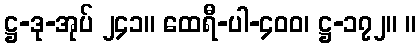
ဋ္ဌ-ဒု-အုပ် ၂၄၁။ ထေရီ-ပါ-၄၀၀၊ ဋ္ဌ-၁၇၂။ ။